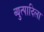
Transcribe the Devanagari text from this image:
व्युत्पादिला